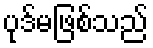
ပုဒ်မဖြစ်သည်